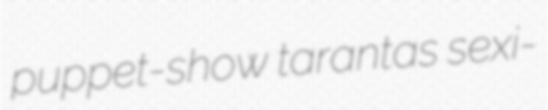
puppet-show tarantas sexi-